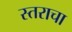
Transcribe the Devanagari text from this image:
स्तराचा